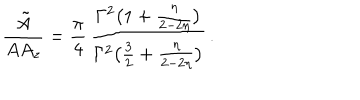
LaTeX: \frac { { \tilde { A } } } { A A _ { z } } = \frac { \pi } { 4 } \, \frac { \Gamma ^ { 2 } \big ( 1 + \frac { \eta } { 2 - 2 \eta } \big ) } { \Gamma ^ { 2 } \big ( \frac { 3 } { 2 } + \frac { \eta } { 2 - 2 \eta } \big ) } \, .